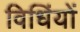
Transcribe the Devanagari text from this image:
विधिंयों